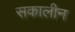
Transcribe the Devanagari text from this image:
सकालीन